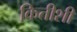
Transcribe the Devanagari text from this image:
कितीशी